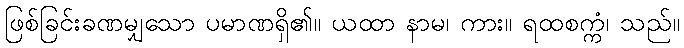
ဖြစ်ခြင်းခဏမျှသော ပမာဏရှိ၏။ ယထာ နာမ၊ ကား။ ရထစက္ကံ၊ သည်။